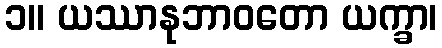
၁။ ယဿာနုဘာဝတော ယက္ခာ၊